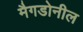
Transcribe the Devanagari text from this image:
मैगडोनील